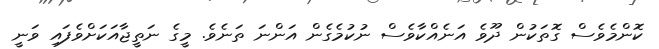
ކޮންމެވެސް ގޮތަކުން ދޫވެ އަނެއްކާވެސް ނުކުމެގެން އަންނަ ތަނެވެ. މީގެ ނަތީޖާއަކަށްވެފައި ވަނީ